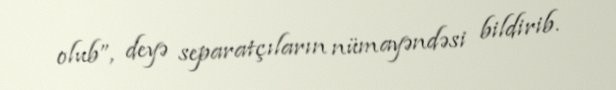
olub”, deyə separatçıların nümayəndəsi bildirib.